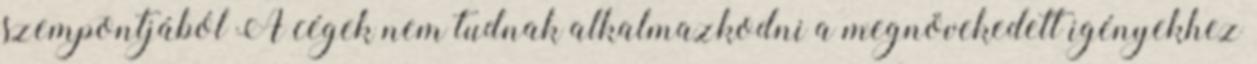
szempontjából A cégek nem tudnak alkalmazkodni a megnövekedett igényekhez